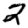
Digit: 2